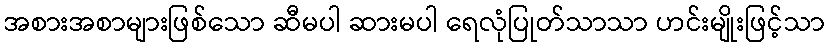
အစားအစာများဖြစ်သော ဆီမပါ ဆားမပါ ရေလုံပြုတ်သာသာ ဟင်းမျိုးဖြင့်သာ